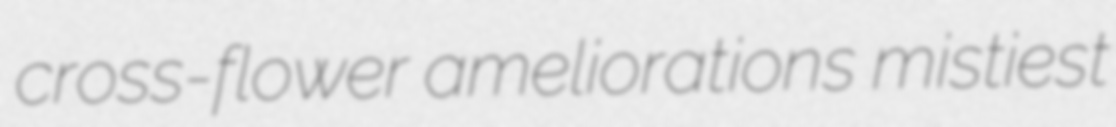
cross-flower ameliorations mistiest